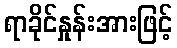
ရာခိုင်နှုန်းအားဖြင့်